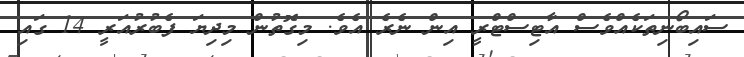
ސައިބޯނިތަކެއްވެސް އާޓިސްޓްރީ އިން ނެރެ އެވެ. މިގޮތުން މިދިޔަ ފެބުރުއަރީ 14 ގައި